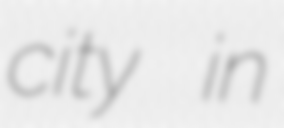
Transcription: city in